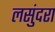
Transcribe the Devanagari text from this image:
लसुंदरा